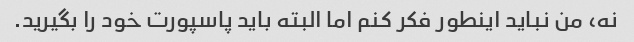
نه، من نباید اینطور فکر کنم اما البته باید پاسپورت خود را بگیرید.